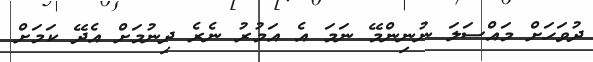
ދުވަހަށް މައްސަލަ ނުނިންމޭ ނަމަ އެ އަމުރު ނެރެ ދިނުމަށް އެދޭ ކަމަށް